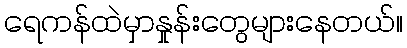
ရေကန်ထဲမှာနှုန်းတွေများနေတယ်။